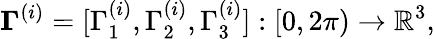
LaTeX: \mathbf\Gamma^{(i)}=[\Gamma_{1}^{(i)},\Gamma_{2}^{(i)},\Gamma_{3}^{(i)}]:[0,2\pi)\rightarrow\mathbb{R}^{3},